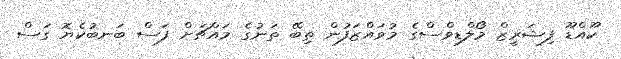
ކޫއްޑޫ ފިޝަރީޒް މޯލްޑިވްސްގެ މުވައްޒަފުން ތިބޭ ތަނުގެ މައްޗަށް ފަސް ބަނބުކެޔޮ ގަސް